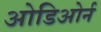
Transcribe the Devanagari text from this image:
ओडिओर्न